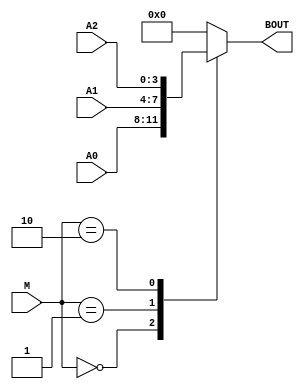
module DULUXZ(A0,A1,A2,M,BOUT);
	input [3:0] A0,A1,A2;
	input [1:0] M;
	output [3:0] BOUT;
	reg [3:0] BOUT;
	always@(A0,A1,A2,M,BOUT)
	case(M)
	2'B00 : BOUT <= A0;
	2'B01 : BOUT <= A1;
	2'B10 : BOUT <= A2;
	default : BOUT <= 0000;
	endcase
endmodule